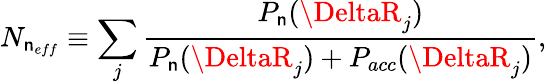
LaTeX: N_{\mathsf{n}_{eff}}\equiv\sum_{j}\frac{{P_{\mathsf{n}}(\DeltaR_{j})}}{{P_{\mathsf{n}}(\DeltaR_{j})+P_{acc}(\DeltaR_{j})}},